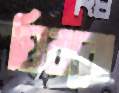
ঘিরবো